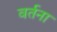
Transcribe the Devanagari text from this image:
वर्तना